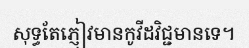
សុទ្ធតែភ្ញៀវមានកូវីដវិជ្ជមានទេ។